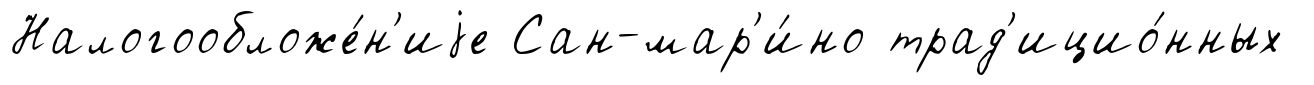
Налогообложе́н'иjе Сан-мар'и́но трад'ицио́нных